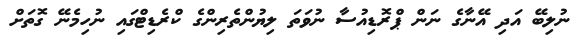
ނުލިބޭ އަދި އޭނާގެ ނަން ޕްރޮޑިއުސާ ނުވަތަ ލިޔުންތެރިންގެ ކްރެޑިޓްގައި ނުހިމެނޭ ގޮތަށް